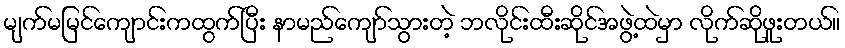
မျက်မမြင်ကျောင်းကထွက်ပြီး နာမည်ကျော်သွားတဲ့ ဘလိုင်းထီးဆိုင်အဖွဲ့ထဲမှာ လိုက်ဆိုဖူးတယ်။